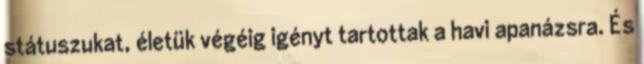
státuszukat, életük végéig igényt tartottak a havi apanázsra. És